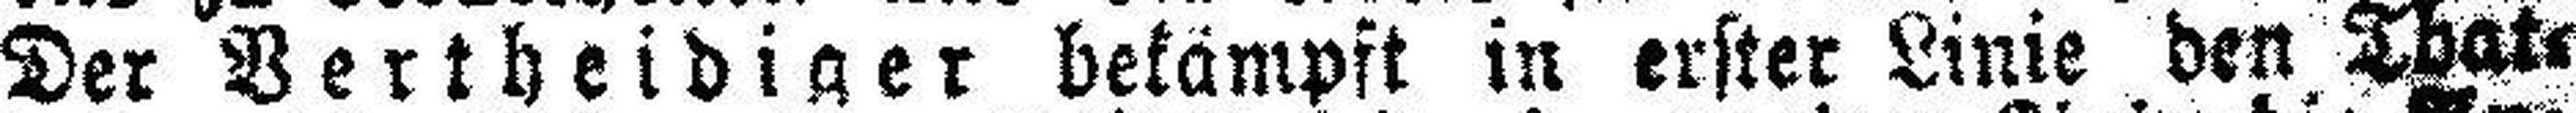
Der Vertheidiger bekämpft in erster Linie den That¬